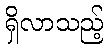
ရှိလာသည့်